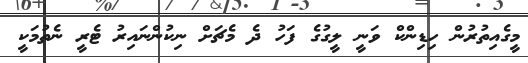
މީގެއިތުރުން ހިޑިންކް ވަނީ ލީގުގެ ފަހު ދެ މެޗަށް ނިކުންނައިރު ޓެރީ ނެތުމަކީ